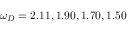
\omega _ { D } = 2 . 1 1 , 1 . 9 0 , 1 . 7 0 , 1 . 5 0